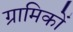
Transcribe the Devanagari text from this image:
ग्रामिकों